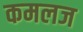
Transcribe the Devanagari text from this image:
कमलज